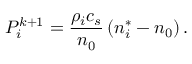
P _ { i } ^ { k + 1 } = \frac { \rho _ { i } c _ { s } } { n _ { 0 } } \left( n _ { i } ^ { \ast } - n _ { 0 } \right) .